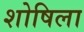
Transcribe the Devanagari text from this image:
शोषिला